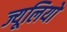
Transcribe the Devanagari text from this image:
ज्यूलियो